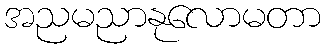
အညမညာနုလောမတာ